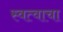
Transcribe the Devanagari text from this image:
स्वत्वाचा